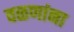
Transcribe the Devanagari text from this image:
वळणांना